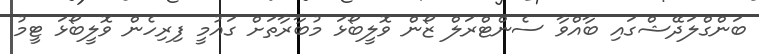
ބަންގްލަދޭޝްގައި ބާއްވާ ސެންޓްރަލް ޒޯން ވޮލީބޯޅަ މުބާރާތަށް ގައުމީ ފިރިހެން ވޮލީބޯޅަ ޓީމު